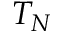
T _ { N }